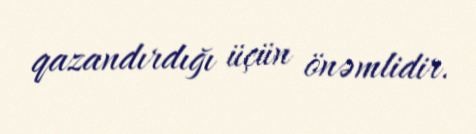
qazandırdığı üçün önəmlidir.